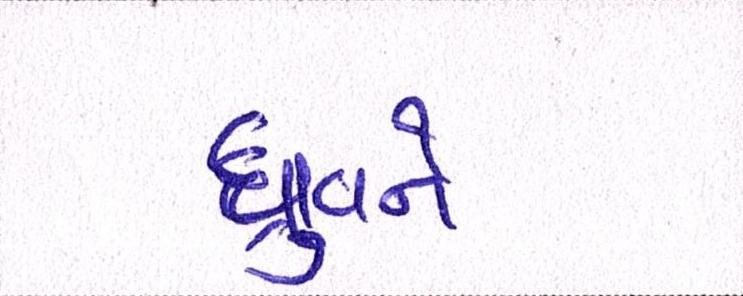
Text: ધ્રુવને